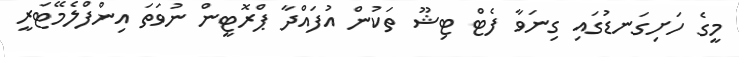
މީގެ ހަށިގަނޑުގައި ގިނަވާ ފެޓް ޓިޝޫ ތަކުން އުފައްދާ ޕްރޮޓީން ނުވަތަ އިންފްލެމޭޓަރީ